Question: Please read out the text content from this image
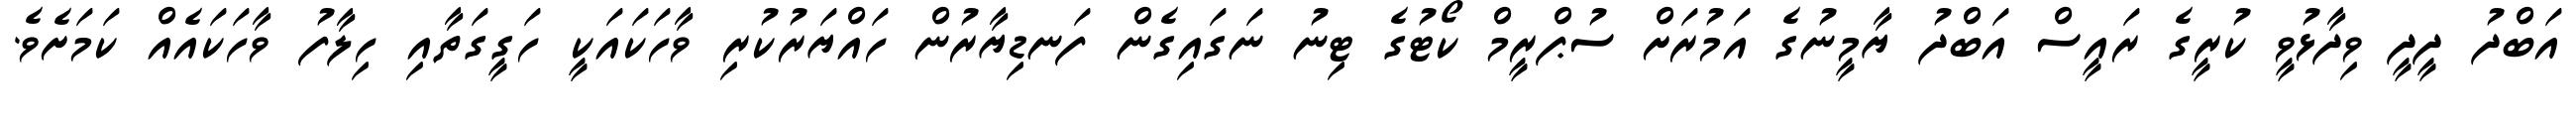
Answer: އަބްދު ދީދީ ވިދާޅުވީ ކުރީގެ ރައީސް އަބްދު ޔާމީނުގެ އަމުރަށް ސުޕްރީމް ކޯޓުގެ ޓިނު ނަގައިގެން ފަނޑިޔާރުން ހައްޔަރުކުރި ވާހަކައަކީ ހަގީގަތާއި ހިލާފު ވާހަކައެއް ކަމަށެވެ.